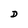
Character: D